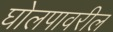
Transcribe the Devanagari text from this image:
घोलपावरील